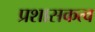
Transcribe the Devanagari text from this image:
प्रशासकत्व